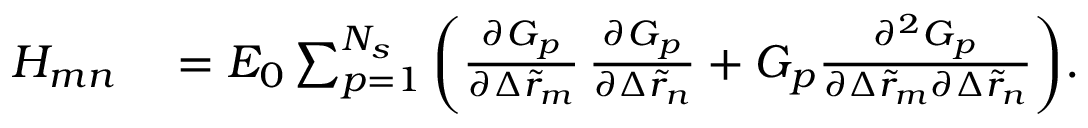
\begin{array} { r l } { H _ { m n } } & { { } = E _ { 0 } \sum _ { p = 1 } ^ { N _ { s } } { \left( \frac { \partial G _ { p } } { \partial \Delta \tilde { r } _ { m } } \, \frac { \partial G _ { p } } { \partial \Delta \tilde { r } _ { n } } + G _ { p } \frac { \partial ^ { 2 } G _ { p } } { \partial \Delta \tilde { r } _ { m } \partial \Delta \tilde { r } _ { n } } \right) } . } \end{array}